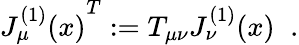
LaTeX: {J_{\mu}^{(1)}(x)}^{T}:=T_{\mu\nu}J_{\nu}^{(1)}(x)\; \; .